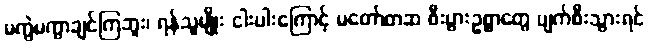
မကွဲမကွာချင်ကြဘူး၊ ရန်သူမျိုး ငါးပါးကြောင့် မတော်တဆ စီးပွားဥစ္စာတွေ ပျက်စီးသွားရင်